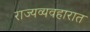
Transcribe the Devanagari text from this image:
राज्यव्यवहारात